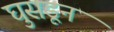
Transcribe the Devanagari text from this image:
घुसडून